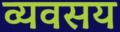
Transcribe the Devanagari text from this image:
व्यवसय